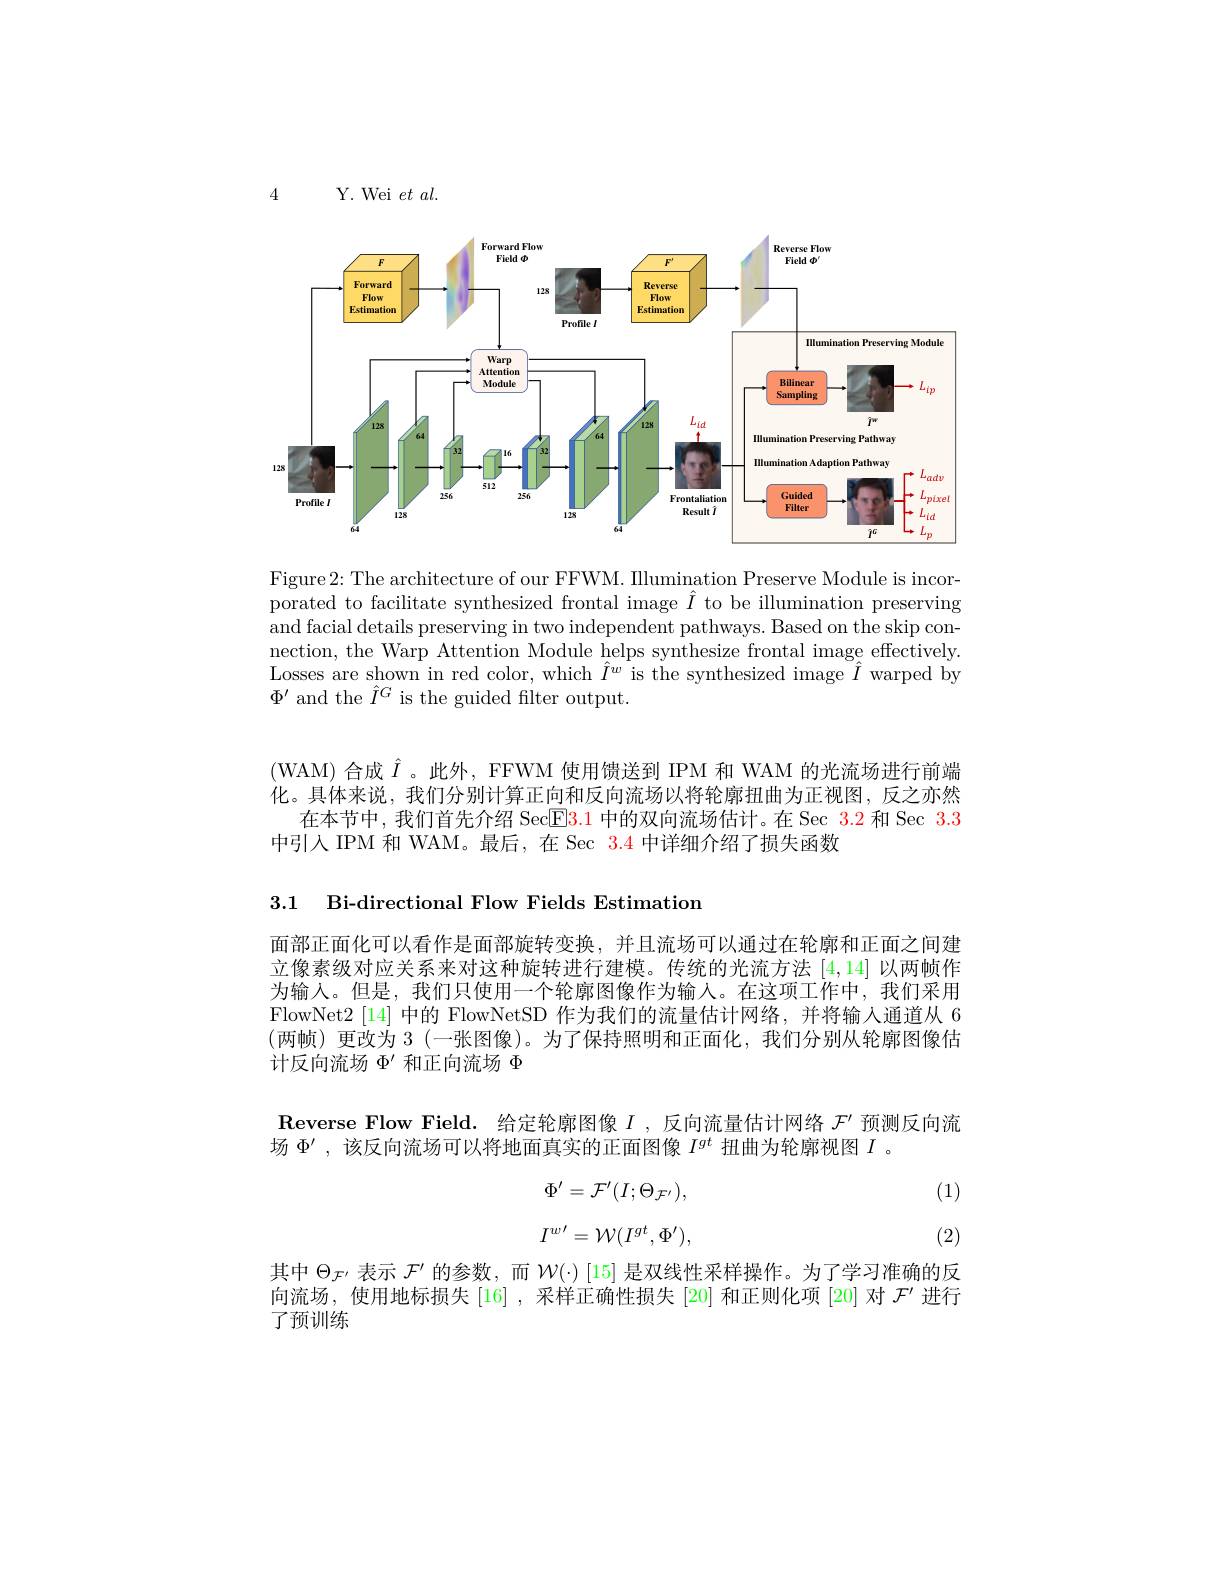
4

Y. Wei $et al.$

<FigureHere>

Figure2: The architecture of our FFWM. Illumination Preserve Module is incorporated to facilitate synthesized frontal image $\hat{I}$ to be illumination preserving and facial details preserving in two independent pathways. Based on the skip connection, the Warp Attention Module helps synthesize frontal image effectively Losses are shown in red color, which $\hat{I}^{w}$ is the synthesized image $\hat{I}$ warped by $\Phi^{\prime}$ and the $\hat{I}^G$ is the guided filter output.

(WAM)合成$\hat{I}$。此外，FFWM 使用馈送到 IPM 和 WAM 的光流场进行前端化。具体来说，我们分别计算正向和反向流场以将轮廓扭曲为正视图，反之亦然
在本节中，我们首先介绍 Sec$\boxed{\mathrm{E}3.1\text{ 中的双向流场估计。在 Sec 3.2 和 Sec 3.3}}$
中引人 IPM 和 WAM。最后，在 Sec 3.4 中详细介绍了损失函数

3.1 Bi-directional Flow Fields Estimation

面部正面化可以看作是面部旋转变换，并且流场可以通过在轮廓和正面之间建立像素级对应关系来对这种旋转进行建模。传统的光流方法[4,14]以两帧作为输入。但是，我们只使用一个轮廓图像作为输人。在这项工作中，我们采用FlowNet2 [14] 中的 FlowNetSD 作为我们的流量估计网络，并将输人通道从 6 (两帧)更改为 3(一张图像)。为了保持照明和正面化，我们分别从轮廓图像估计反向流场$\Phi^\prime$和正向流场$\Phi$

Reverse Flow Field. 给定轮廓图像$I$,反向流量估计网络$\mathcal{F}^\prime$预测反向流
场$\Phi^{\prime}$,该反向流场可以将地面真实的正面图像$I^{gt}$扭曲为轮廓视图$I$ 。

(1)
$$\Phi^{\prime}=\mathcal{F}^{\prime}(I;\Theta_{\mathcal{F}^{\prime}}),\\I^{w\prime}=\mathcal{W}(I^{gt},\Phi^{\prime}),$$
(2)

其中$\Theta_{\mathcal{F}^{\prime}}$表示$\mathcal{F}^{\prime}$的参数，而$\mathcal{W}(\cdot)$ [15] 是双线性采样操作。为了学习准确的反向流场，使用地标损失[16],采样正确性损失[20]和正则化项[20]对$\mathcal{F}^\prime$进行了预训练